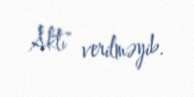
Aktı" verilməyib.